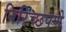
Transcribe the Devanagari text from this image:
निरिच्छपणे